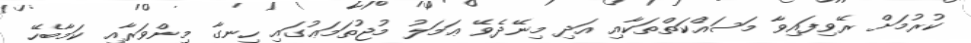
ކުރުމަށް ރޭވިފައިވާ މަސައްކަތްތަކާއި އަދި މިނޭދެވޭ ޢަމަލު މުޖުތަމަޢުގައި ހިނގާ މިންވަރާއި ކަމާބެހޭ